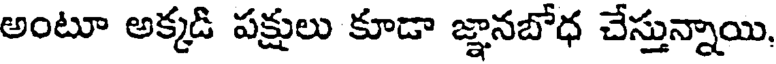
అంటూ అక్కడి పక్షులు కూడా జ్ఞానబోధ చేస్తున్నాయి,